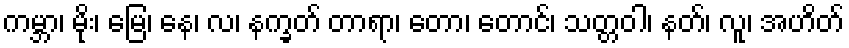
ကမ္ဘာ၊ မိုး၊ မြေ၊ နေ၊ လ၊ နက္ခတ် တာရာ၊ တော၊ တောင်၊ သတ္တဝါ၊ နတ်၊ လူ၊ အဟိတ်